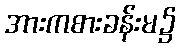
အားကစားခန်းမ၌